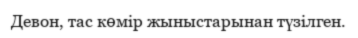
Девон, тас көмір жыныстарынан түзілген.